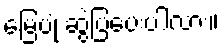
မြေပုံ ဆွဲပြပေးပါလား။